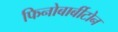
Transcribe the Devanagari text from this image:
फिनोबार्बीटोन